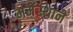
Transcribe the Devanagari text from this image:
मर्मस्थाने